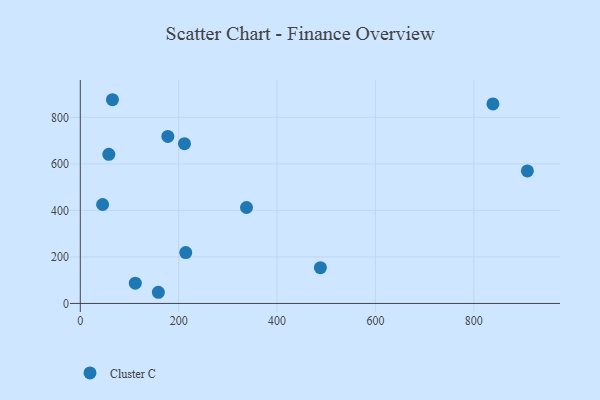
{"axis": {"x": "Distance", "y": "Sales"}, "legend": ["Cluster C"], "data": [{"x": "58.0", "y": 641.2, "type": "Cluster C"}, {"x": "158.7", "y": 48.0, "type": "Cluster C"}, {"x": "488.1", "y": 153.7, "type": "Cluster C"}, {"x": "178.0", "y": 718.1, "type": "Cluster C"}, {"x": "65.4", "y": 876.0, "type": "Cluster C"}, {"x": "211.8", "y": 687.0, "type": "Cluster C"}, {"x": "908.9", "y": 570.0, "type": "Cluster C"}, {"x": "111.8", "y": 87.3, "type": "Cluster C"}, {"x": "838.9", "y": 858.1, "type": "Cluster C"}, {"x": "45.4", "y": 425.4, "type": "Cluster C"}, {"x": "337.9", "y": 412.5, "type": "Cluster C"}, {"x": "214.4", "y": 218.7, "type": "Cluster C"}]}